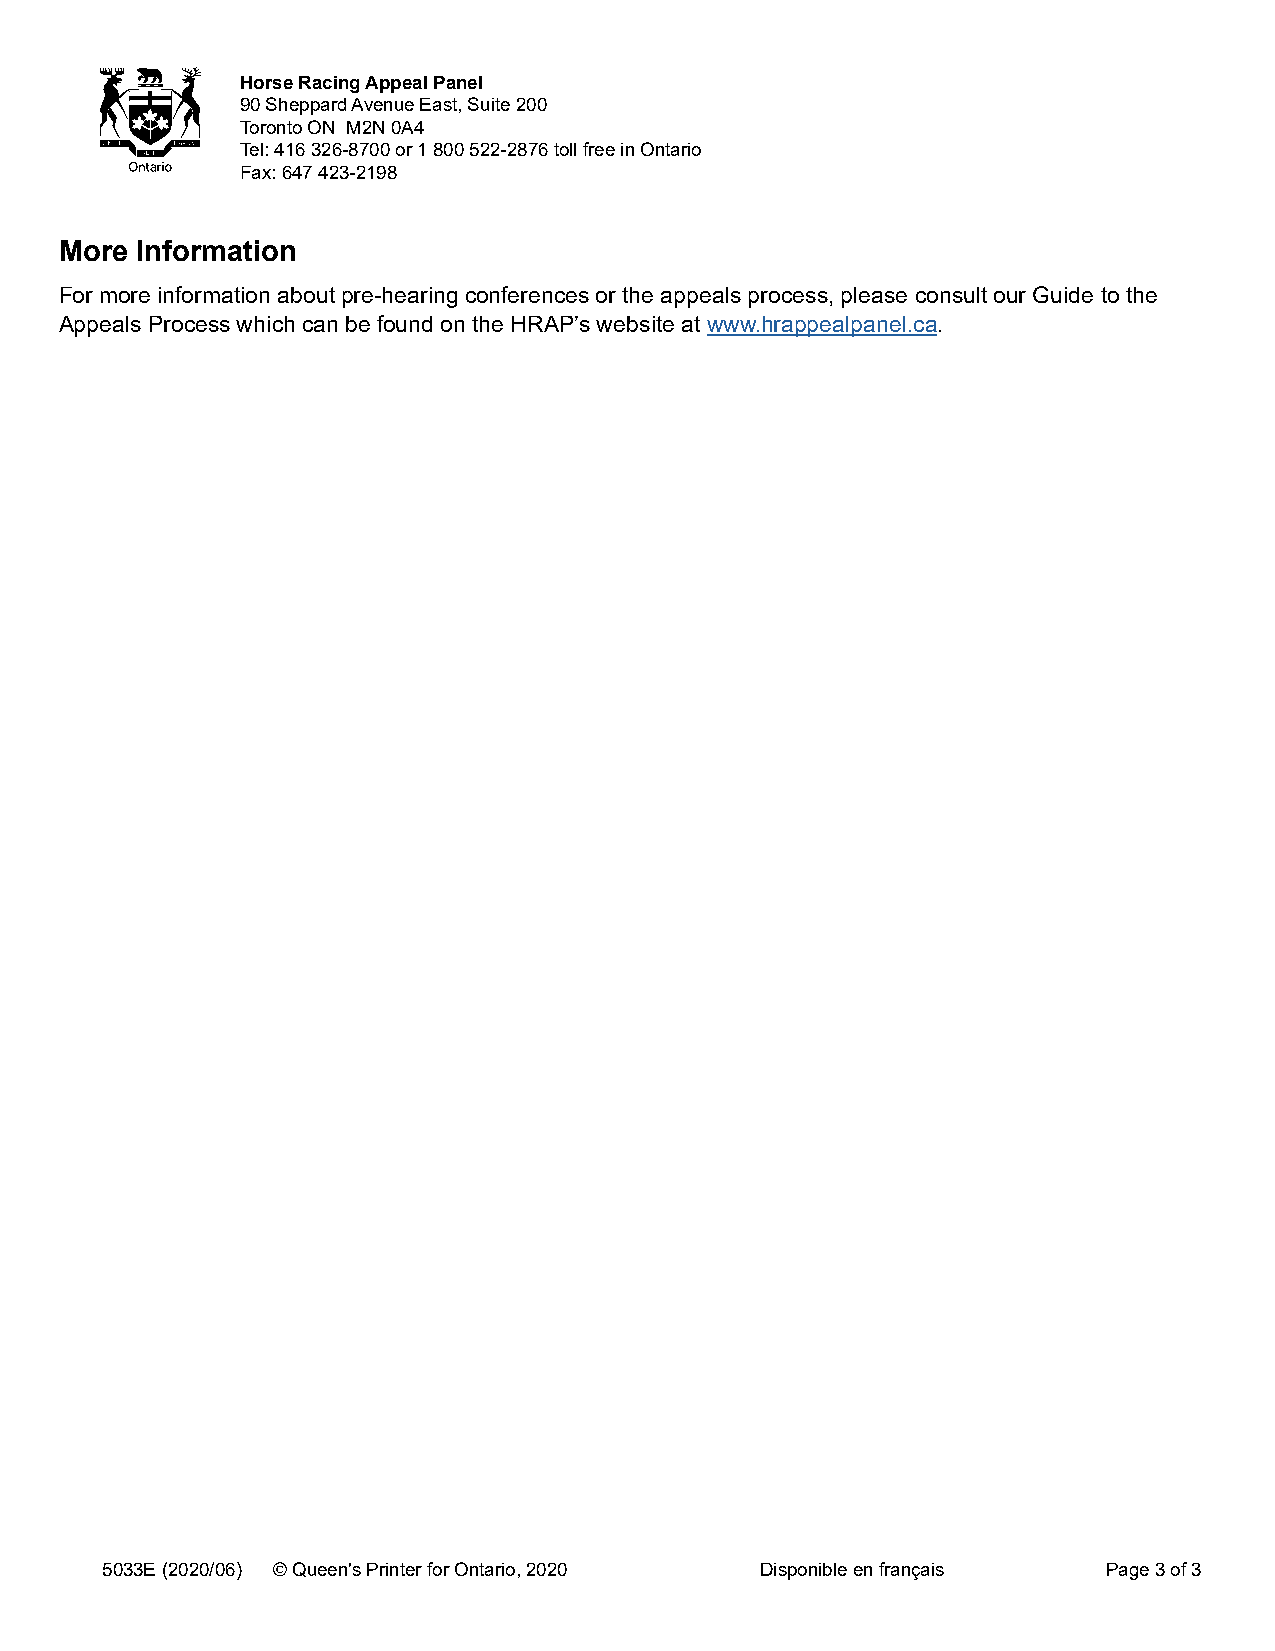
HCoormsieté R da’caipnpge Al pdpese aclo Puarnseels de chevaux
 9900 ,S ahveepnpuaer dS hAevpepnaured EEasst,t ,B Suurietea u2 0200 0
 TToorroonnttoo O(ONn t aMri2oN) 0MA24N 0A4
 TTeéll:. 4: 1461 63 2362-68-780700 0o ro 1u 810 800 502 522-228-27867 t6o l l( ifnreteer uinrb Oanintas rsioans frais en Ontario)
 FTaéxlé: c6. 4: 76 4472 34-2231-928198
 Plus d’informations
 More Information
 Pour plus d’informations sur les conférences préparatoires aux audiences ou sur la procédure d’appel, veuillez
 For more information about pre-hearing conferences or the appeals process, please consult our Guide to the
 consulter notre Guide sur les appels devant le CACC qui se trouve sur le site web du Comité à l’adresse www.
 Appeals Process which can be found on the HRAP’s website at www.hrappealpanel.ca.
 hrappealpanel.ca.
 55003333FE ((22002200//0066)) ©© IQmuperiemne'su Pr drien tlear Rfoeri nOen ptaoruior, l’2O0n2t0a rio, 2020 DisEpnognliisbhle a elsno f raavnaçilaaibsl e PPaaggee 3 3 d oef 33